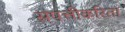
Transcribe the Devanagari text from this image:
संपत्तीकरिता